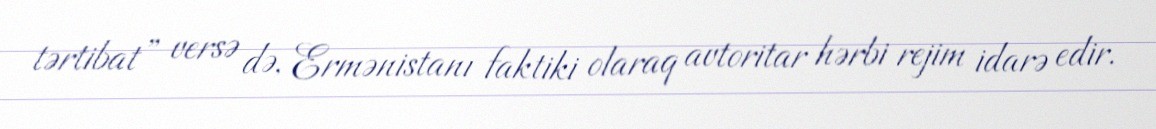
tərtibat” versə də, Ermənistanı faktiki olaraq avtoritar hərbi rejim idarə edir.